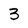
Character: 3